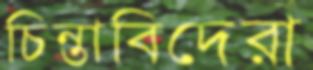
চিন্তাবিদেরা